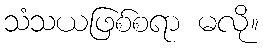
သံသယဖြစ်စရာ မလို။